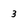
Character: 3